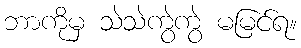
ဘာကိုမှ သဲသဲကွဲကွဲ မမြင်ရ။